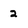
Character: 2